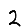
Digit: 2